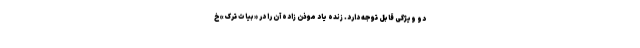
دو ویژگی قابل توجه دارد. زنده یاد موذن زاده آن را در «بیات ترک» خ